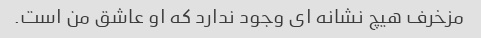
مزخرف هیچ نشانه ای وجود ندارد که او عاشق من است.